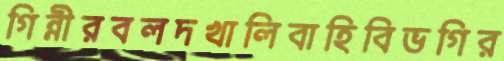
গিন্নীরবলদখালিবাহিবিভগির